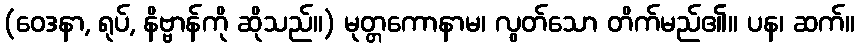
(ဝေဒနာ, ရုပ်, နိဗ္ဗာန်ကို ဆိုသည်။) မုတ္တကောနာမ၊ လွတ်သော တိက်မည်၏။ ပန၊ ဆက်။